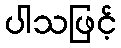
ပါသဖြင့်